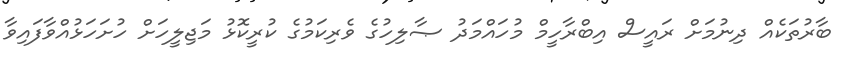
ބާރުތަކެއް ދިނުމަށް ރައީސް އިބްރާހީމް މުހައްމަދު ޞާލިހުގެ ވެރިކަމުގެ ކުރީކޮޅު މަޖިލީހަށް ހުށަހަޅުއްވާފައިވާ